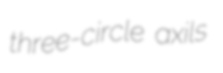
three-circle axils